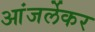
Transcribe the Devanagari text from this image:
आंजर्लेकर